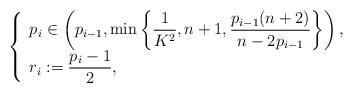
LaTeX: \begin{align*}\left\{\begin{array}{l} p_i\in \left(p_{i-1}, \min\left\{\dfrac{1}{K^2},n+1, \dfrac{p_{i-1}(n+2)}{n-2p_{i-1}}\right\} \right),\\ r_i:=\dfrac{p_i-1}{2},\end{array}\right.\end{align*}